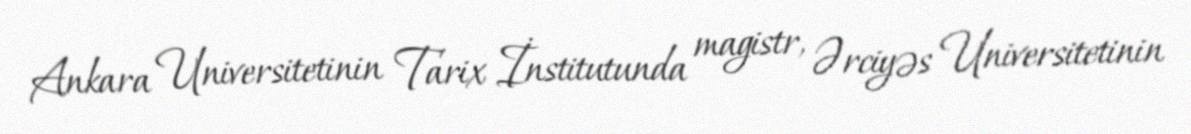
Ankara Universitetinin Tarix İnstitutunda magistr, Ərciyəs Universitetinin